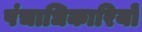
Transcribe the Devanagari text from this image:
पंचाधिकारियों